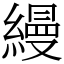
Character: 縵